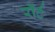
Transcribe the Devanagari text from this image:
रॉर्ट